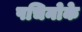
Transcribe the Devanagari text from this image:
पचिनोके